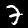
Digit: 7